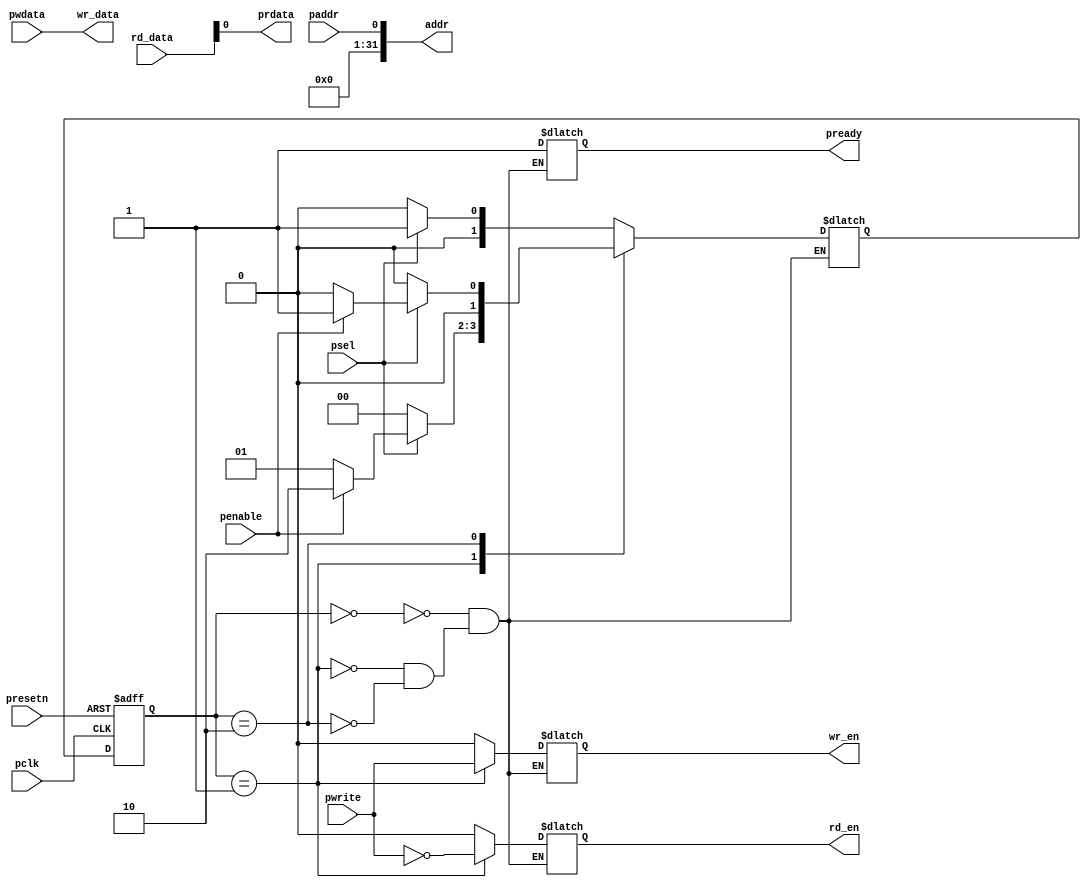
module apb #(parameter DATA_WIDTH = 32, parameter ADDRESS_WIDTH = 32)(
    input pclk, presetn, 
    input paddr, 
    input psel, 
    input penable, 
    input pwrite, 
    input [DATA_WIDTH-1:0] rd_data, pwdata,

    output [ADDRESS_WIDTH-1:0] addr, 
    output reg wr_en, rd_en,
    output  prdata, 
    output reg pready,
    output  [DATA_WIDTH-1:0] wr_data
); 

    parameter IDLE       = 2'b00;
    parameter SETUP      = 2'b01; 
    parameter ACCESS     = 2'b10; 

    reg [1:0] next_state, present_state;

    always @(*) begin
        begin: NSL
            case(present_state)
                IDLE    : next_state = psel? SETUP: IDLE; 
                SETUP   : next_state = psel? (penable? ACCESS: SETUP) : IDLE; 
                ACCESS  : next_state = psel? (penable? SETUP: IDLE) : IDLE; 
            endcase
        end 

        begin: OL
            case(present_state)
                IDLE: begin
                    pready  =  1; 
                    wr_en   =  0; 
                    rd_en   =  0; 
                end

                SETUP: begin
                    pready  = 1; 
                    wr_en   = pwrite; 
                    rd_en   = ~pwrite; 
                end

                ACCESS: begin
                    pready  = 1;
                    wr_en   = 0; 
                    rd_en   = 0; 
                end  
            endcase
        end
    end 

    always @(posedge pclk, negedge presetn) begin 
        if(!presetn)
            present_state <= IDLE; 
        else 
            present_state <= next_state; 
    end 

    assign prdata   = rd_data; 
    assign wr_data  = pwdata; 
    assign addr     = paddr; 

endmodule